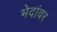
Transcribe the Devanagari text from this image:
भेदांवर